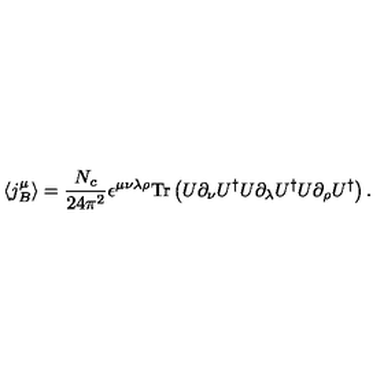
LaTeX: \langle j _ { B } ^ { \mu } \rangle = \frac { N _ { c } } { 2 4 \pi ^ { 2 } } \epsilon ^ { \mu \nu \lambda \rho } \mathrm { T r } \left( U \partial _ { \nu } U ^ { \dagger } U \partial _ { \lambda } U ^ { \dagger } U \partial _ { \rho } U ^ { \dagger } \right) .